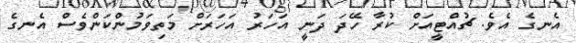
އެނގެ އެވެ. ޗުއްޓީއަށް ކުރާ ހޭދަ ދަނީ އަހަރު އަހަރަށް މަތިވަމުންކަންވެސް އެނގެ